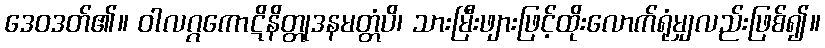
ဒေဝဒတ်၏။ ဝါလဂ္ဂကောဋိနိတ္တုဒနမတ္တံပိ၊ သားမြီးဖျားဖြင့်ထိုးလောက်ရုံမျှလည်းဖြစ်၍။